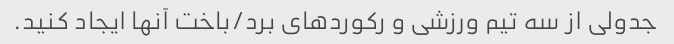
جدولی از سه تیم ورزشی و رکوردهای برد/باخت آنها ایجاد کنید.